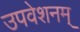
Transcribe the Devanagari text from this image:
उपवेशनम्